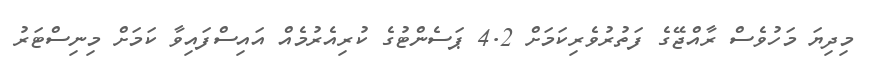
މިދިޔަ މަހުވެސް ރާއްޖޭގެ ފަތުރުވެރިކަމަށް 4.2 ޕަސެންޓުގެ ކުރިއެރުމެއް އައިސްފައިވާ ކަމަށް މިނިސްޓަރު